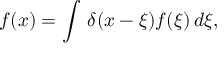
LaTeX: f ( x ) = \int \, \delta ( x - \xi ) f ( \xi ) \, d \xi ,